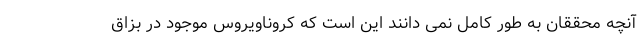
آنچه محققان به طور کامل نمی دانند این است که کروناویروس موجود در بزاق